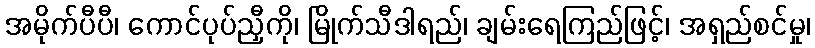
အမိုက်ပီပီ၊ ကောင်ပုပ်ညှီကို၊ မြိုက်သီဒါရည်၊ ချမ်းရေကြည်ဖြင့်၊ အရှည်စင်မှု၊